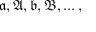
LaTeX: { \mathfrak { a , A , b , B } } , \ldots ,